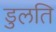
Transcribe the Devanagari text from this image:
डुलति